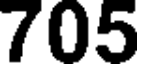
705